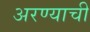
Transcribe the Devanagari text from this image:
अरण्याची